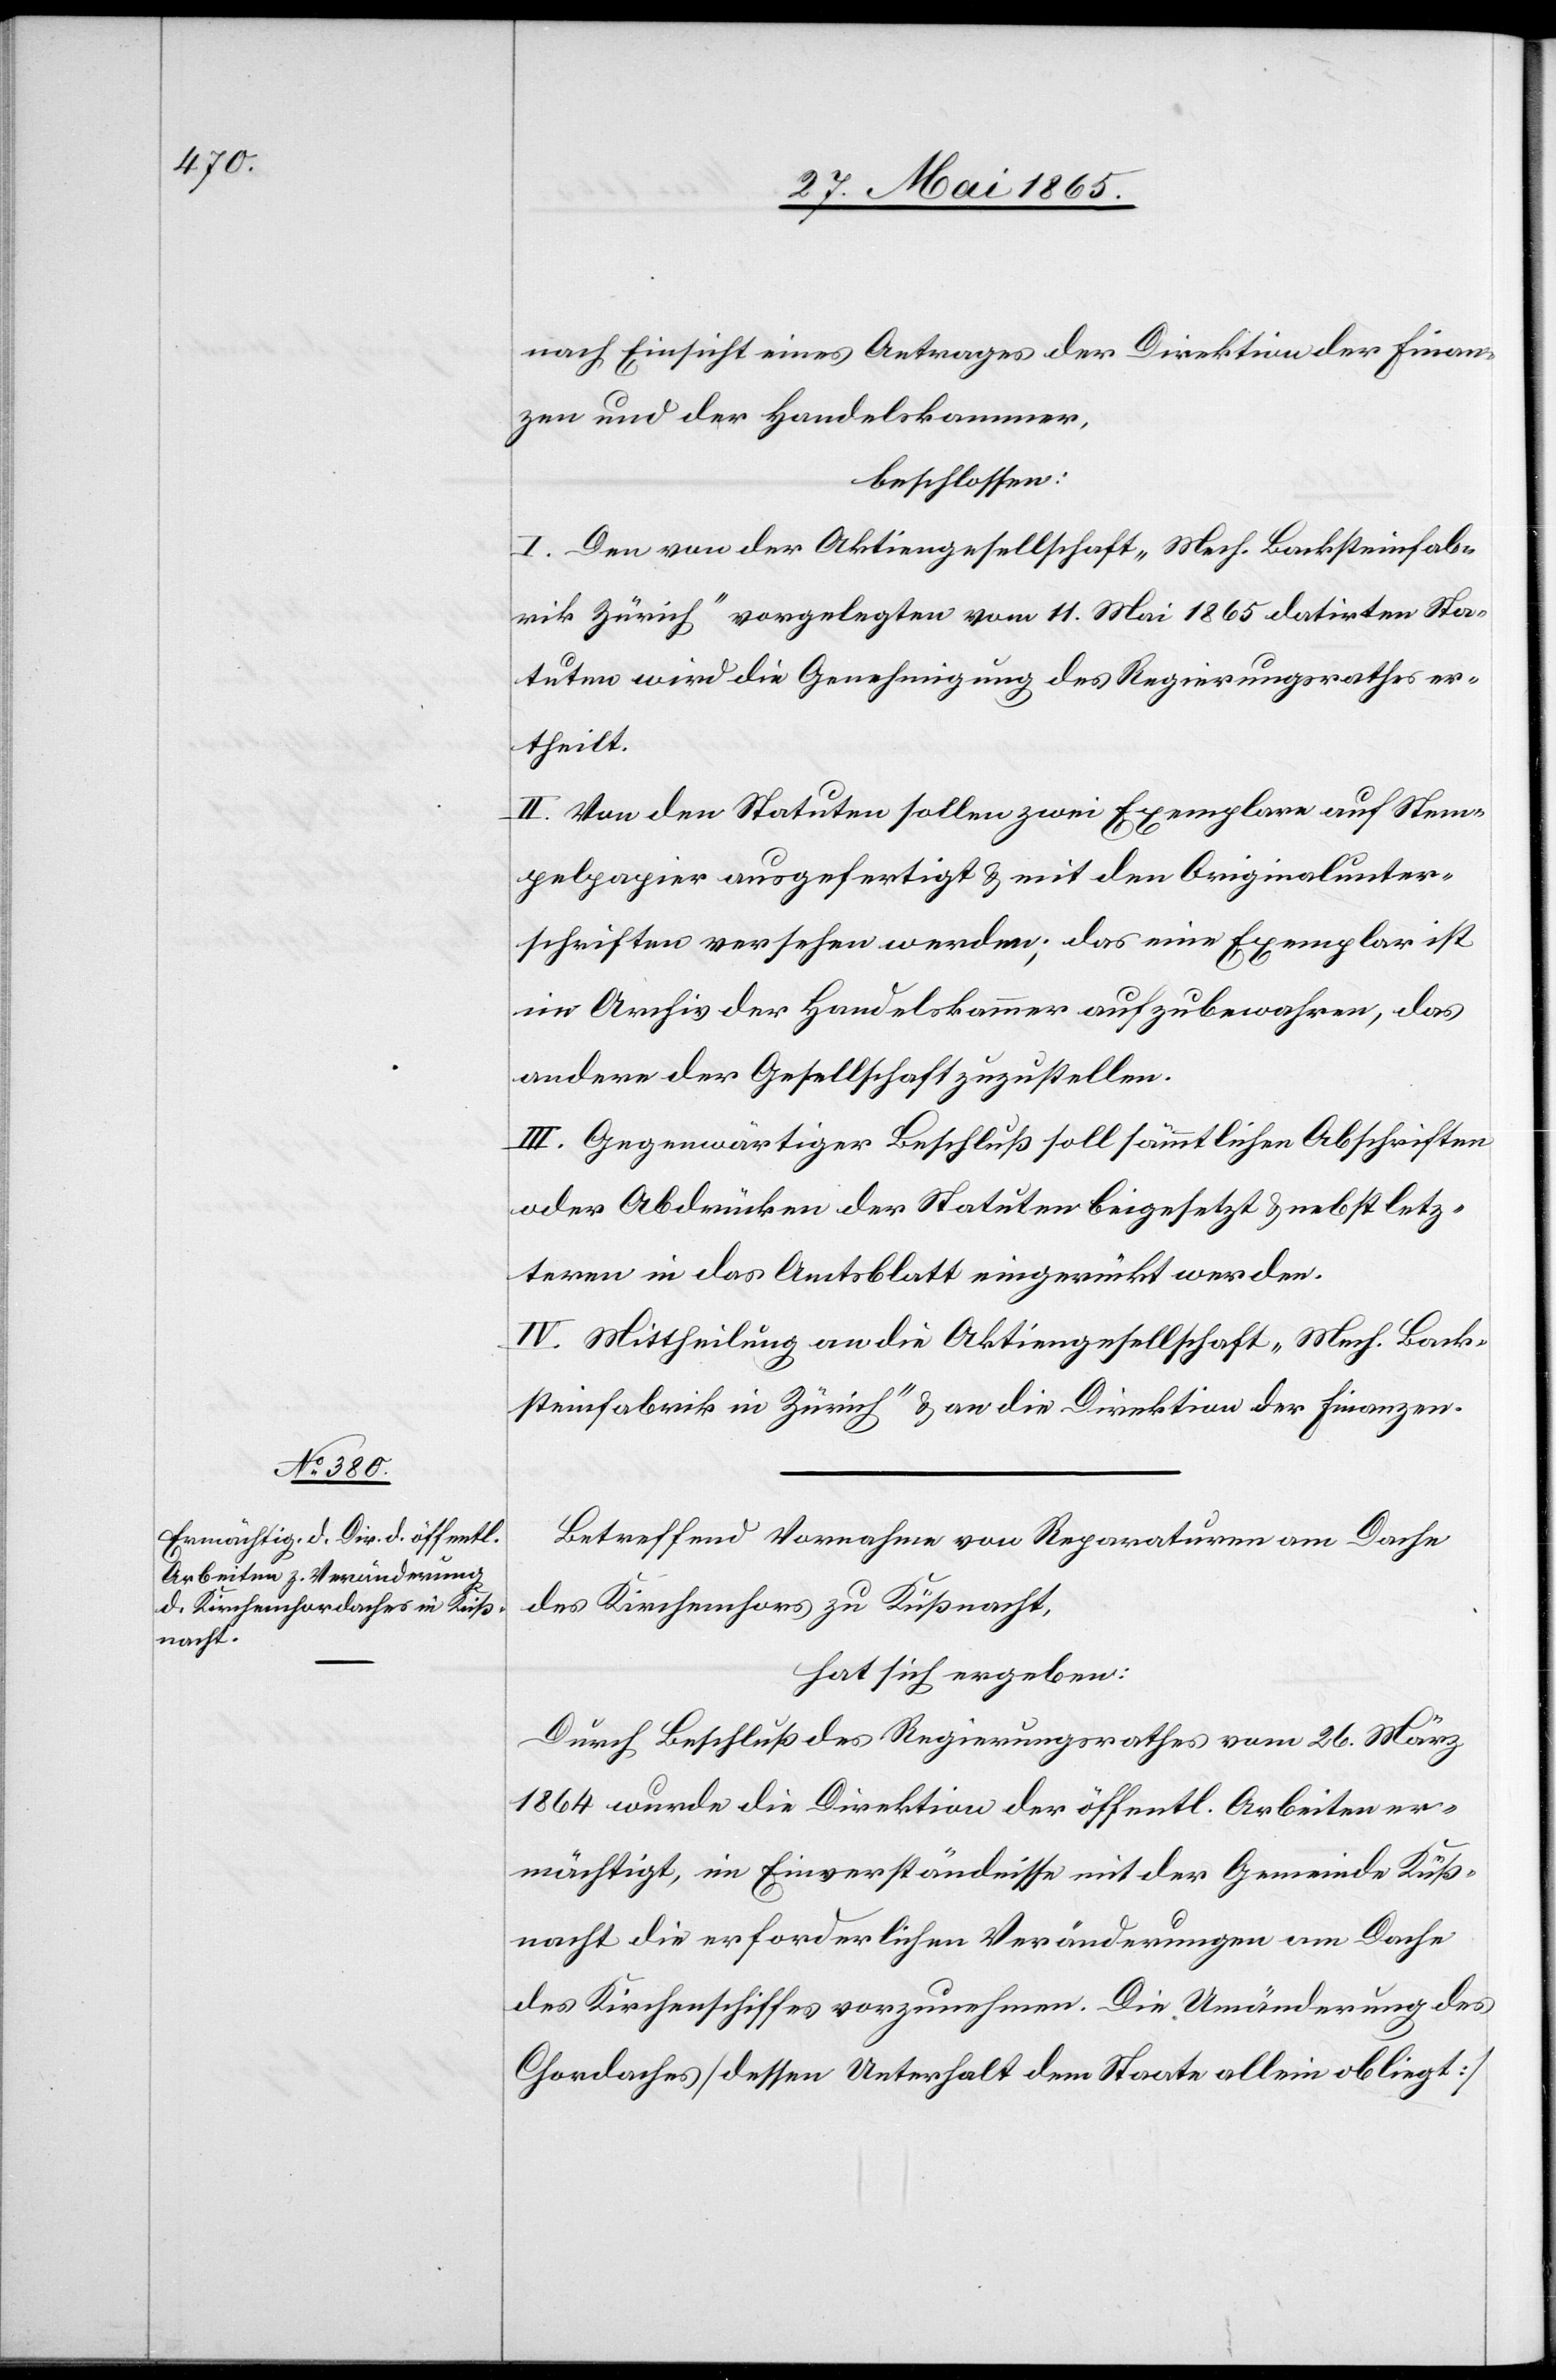
nach Einsicht eines Antrages der Direktion der Finan¬
zen und der Handelskammer,
beschlossen:
I. Den von der Aktiengesellschaft „Mech. Backsteinfab¬
rik Zürich“ vorgelegten vom 11. Mai 1865 datirten Sta¬
tuten wird die Genehmigung des Regierungsrathes er¬
theilt.
II. Von den Statuten sollen zwei Exemplare auf Stem¬
pelpapier ausgefertigt & mit den Originalunter¬
schriften versehen werden; das eine Exemplar ist
im Archiv der Handelskammer aufzubewahren, das
andere der Gesellschaft zuzustellen.
III. Gegenwärtiger Beschluß soll sämmtlichen Abschriften
oder Abdrucken der Statuten beigesetzt & nebst letz¬
teren in das Amtsblatt eingerückt werden.
IV. Mittheilung an die Aktiengesellschaft „Mech. Back¬
steinfabrik in Zürich“ & an die Direktion der Finanzen.
Betreffend Vornahme von Reparaturen am Dache
des Kirchenchors zu Küßnacht,
hat sich ergeben:
Durch Beschluß des Regierungsrathes vom 26. März
1864 wurde die Direktion der öffentl. Arbeiten er¬
mächtigt, im Einverständnisse mit der Gemeinde Küß¬
nacht die erforderlichen Veränderungen am Dache
des Kirchenschiffes vorzunehmen. Die Umänderung des
Chordaches [dessen Unterhalt dem Staate allein obliegt]